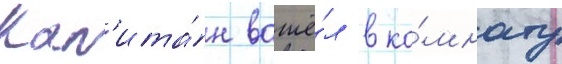
Кап'ита́н вошё́л в ко́мнату